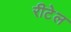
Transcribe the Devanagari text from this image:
रीटेल